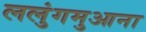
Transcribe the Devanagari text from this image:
ललुंगमुआना